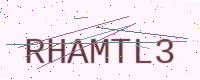
Text: RHAMTL3